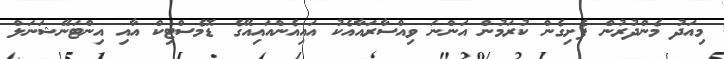
މިއަދު މެންދުރުން ފެށިގެން ކުރަމުން އަންނަ ވިއްސާރައާއެކު އައިއެންއައިއޭގެ ޑޮމެސްޓިކް އާއި އިންޓަނޭޝަނަލް